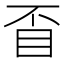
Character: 𥄓